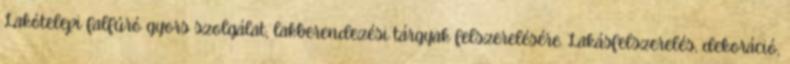
Lakótelepi falfúró gyors szolgálat, lakberendezési tárgyak felszerelésére. Lakásfelszerelés, dekoráció,